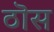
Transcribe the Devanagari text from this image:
ठॊस